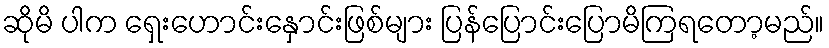
ဆိုမိ ပါက ရှေးဟောင်းနှောင်းဖြစ်များ ပြန်ပြောင်းပြောမိကြရတော့မည်။